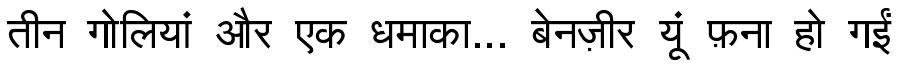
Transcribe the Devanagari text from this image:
तीन गोलियां और एक धमाका... बेनज़ीर यूं फ़ना हो गईं